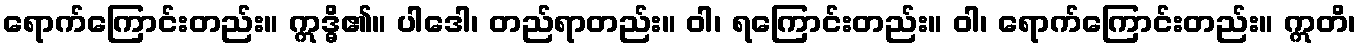
ရောက်ကြောင်းတည်း။ ဣဒ္ဓိ၏။ ပါဒေါ၊ တည်ရာတည်း။ ဝါ၊ ရကြောင်းတည်း။ ဝါ၊ ရောက်ကြောင်းတည်း။ ဣတိ၊